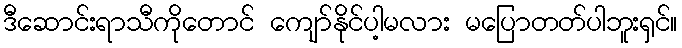
ဒီဆောင်းရာသီကိုတောင် ကျော်နိုင်ပါ့မလား မပြောတတ်ပါဘူးရှင်။